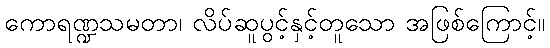
ကောရဏ္ဍသမတာ၊ လိပ်ဆူပွင့်နှင့်တူသော အဖြစ်ကြောင့်။